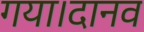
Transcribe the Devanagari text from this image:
गया।दानव